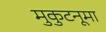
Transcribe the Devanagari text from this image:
मुकुटनूमा